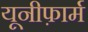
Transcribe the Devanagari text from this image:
यूनीफ़ार्म